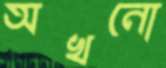
অখনো